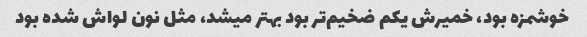
خوشمزه بود، خمیرش یکم ضخیم‌تر بود بهتر میشد، مثل نون لواش شده بود